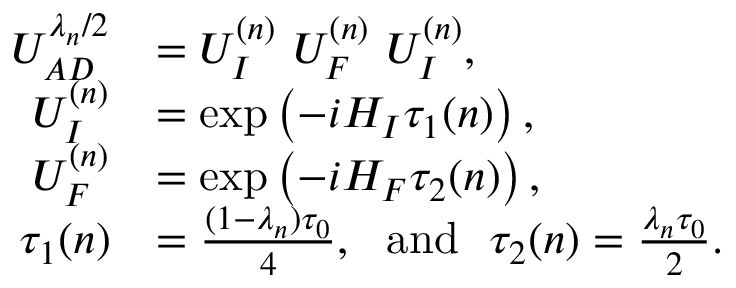
\begin{array} { r l } { U _ { A D } ^ { \lambda _ { n } / 2 } } & { = U _ { I } ^ { { ( n ) } } ~ U _ { F } ^ { { ( n ) } } ~ U _ { I } ^ { { ( n ) } } , } \\ { U _ { I } ^ { { ( n ) } } } & { = \exp \left( - i H _ { I } \tau _ { 1 } { ( n ) } \right) , } \\ { U _ { F } ^ { { ( n ) } } } & { = \exp \left( - i H _ { F } \tau _ { 2 } { ( n ) } \right) , } \\ { \tau _ { 1 } { ( n ) } } & { = \frac { ( 1 - \lambda _ { n } ) \tau _ { 0 } } { 4 } , ~ ~ \mathrm { a n d } ~ ~ \tau _ { 2 } { ( n ) } = \frac { \lambda _ { n } \tau _ { 0 } } { 2 } . } \end{array}